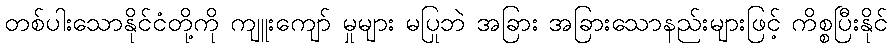
တစ်ပါးသောနိုင်ငံတို့ကို ကျူးကျော် မှုများ မပြုဘဲ အခြား အခြားသောနည်းများဖြင့် ကိစ္စပြီးနိုင်